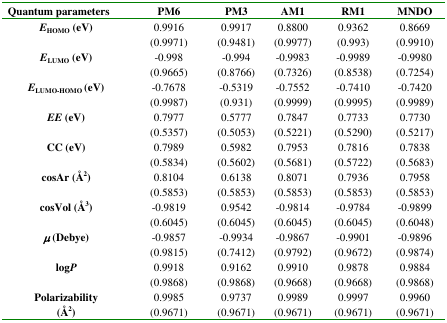
| Quantum parameters | PM6 | PM3 | AM1 | RM1 | MNDO |
 | --- | --- | --- | --- | --- | --- |
 | EHOMO(eV) | 0.9916 (0.9971) | 0.9917 (0.9481) | 0.8800 (0.9977) | 0.9362 (0.993) | 0.8669 (0.9910) |
 | ELUMO(eV) | −0.998 (0.9665) | −0.994 (0.8766) | −0.9983 (0.7326) | −0.9989 (0.8538) | −0.9980 (0.7254) |
 | ELUMO-HOMO(eV) | −0.7678 (0.9987) | −0.5319 (0.931) | −0.7552 (0.9999) | −0.7410 (0.9995) | −0.7420 (0.9989) |
 | EE(eV) | 0.7977 (0.5357) | 0.5777 (0.5053) | 0.7847 (0.5221) | 0.7733 (0.5290) | 0.7730 (0.5217) |
 | CC (eV) | 0.7989 (0.5834) | 0.5982 (0.5602) | 0.7953 (0.5681) | 0.7816 (0.5722) | 0.7838 (0.5683) |
 | cosAr (Å2) | 0.8104 (0.5853) | 0.6138 (0.5853) | 0.8071 (0.5853) | 0.7936 (0.5853) | 0.7958 (0.5853) |
 | cosVol (Å3) | −0.9819 (0.6045) | 0.9542 (0.6045) | −0.9814 (0.6045) | −0.9784 (0.6045) | −0.9899 (0.6048) |
 | μ(Debye) | −0.9857 (0.9815) | −0.9934 (0.7412) | −0.9867 (0.9792) | −0.9901 (0.9672) | −0.9896 (0.9874) |
 | logP | 0.9918 (0.9868) | 0.9162 (0.9868) | 0.9910 (0.9668) | 0.9878 (0.9668) | 0.9884 (0.9868) |
 | Polarizability (Å2) | 0.9985 (0.9671) | 0.9737 (0.9671) | 0.9989 (0.9671) | 0.9997 (0.9671) | 0.9960 (0.9671) |